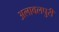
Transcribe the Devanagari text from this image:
अलावलपुरी